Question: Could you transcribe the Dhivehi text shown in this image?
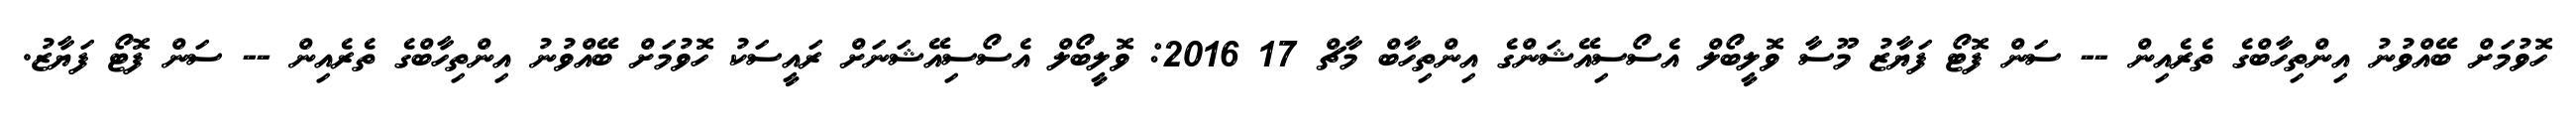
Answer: ހޮވުމަށް ބޭއްވުނު އިންތިހާބްގެ ތެރެއިން -- ސަން ފޮޓޯ ފަޔާޒު މޫސާ ވޮލީބޯލް އެސޯސިއޭޝަންގެ އިންތިހާބް މާޗް 17 2016: ވޮލީބޯލް އެސޯސިއޭޝަނަށް ރައީސަކު ހޮވުމަށް ބޭއްވުނު އިންތިހާބްގެ ތެރެއިން -- ސަން ފޮޓޯ ފަޔާޒު.